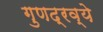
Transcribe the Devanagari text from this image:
गुणद्रव्ये